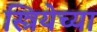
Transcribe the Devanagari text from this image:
स्त्रियेच्या